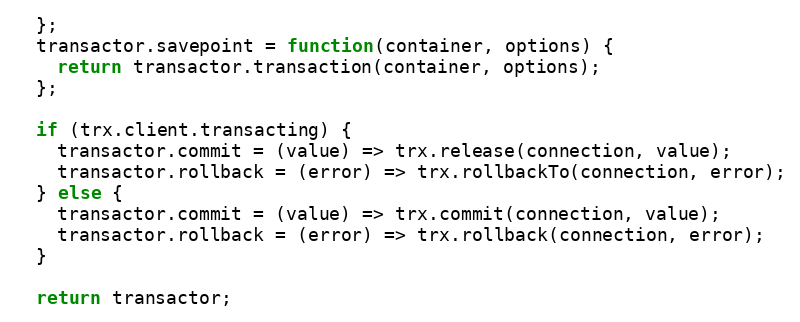
Language: JavaScript
  };
  transactor.savepoint = function(container, options) {
    return transactor.transaction(container, options);
  };

  if (trx.client.transacting) {
    transactor.commit = (value) => trx.release(connection, value);
    transactor.rollback = (error) => trx.rollbackTo(connection, error);
  } else {
    transactor.commit = (value) => trx.commit(connection, value);
    transactor.rollback = (error) => trx.rollback(connection, error);
  }

  return transactor;